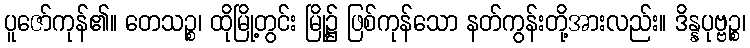
ပူဇော်ကုန်၏။ တေသဉ္စ၊ ထိုမြို့တွင်း မြို့၌ ဖြစ်ကုန်သော နတ်ကွန်းတို့အားလည်း။ ဒိန္နပုဗ္ဗဉ္စ၊